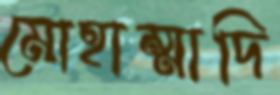
মোহাম্মাদি